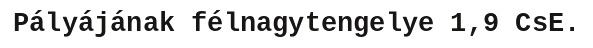
Pályájának félnagytengelye 1,9 CsE.